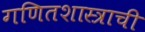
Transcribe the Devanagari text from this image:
गणितशास्त्राची